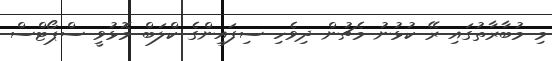
މި މުބާރާތުގައި ރޭ ކުޅުނު މެޗުން ދިވެހި ސިފައިންގެ ކްލަބް މޮޅުވީ ސްޕޯޓްސް